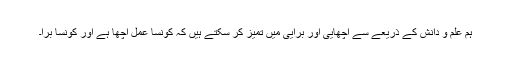
ہم علم و دانش کے ذریعے سے اچھایی اور برایی میں تمیز کر سکتے ہیں کہ کونسا عمل اچھا ہے اور کونسا برا۔